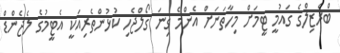
ބްރެޒިލްގެ ގައުމީ ޓީމަށް މިހާތަނަށް އެންމެ ގިނަ ގޯލްޖެހި ކުޅުންތެރިއަކީ އެޓީމުގެ ލެޖެންޑް